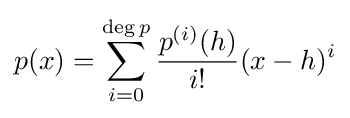
p(x)=\sum _{i=0}^{\deg p}{\frac {p^{(i)}(h)}{i!}}(x-h)^{i}